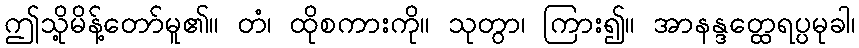
ဤသို့မိန့်တော်မူ၏။ တံ၊ ထိုစကားကို။ သုတွာ၊ ကြား၍။ အာနန္ဒတ္ထေရပ္ပမုခါ၊